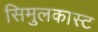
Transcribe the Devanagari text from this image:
सिमुलकास्ट